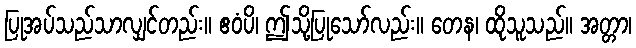
ပြုအပ်သည်သာလျှင်တည်း။ ဧဝံပိ၊ ဤသို့ပြုသော်လည်း။ တေန၊ ထိုသူသည်။ အတ္တာ၊